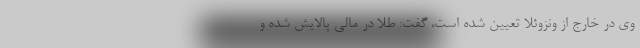
وی در خارج از ونزوئلا تعیین شده است، گفت: طلا در مالی پالایش شده و